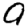
Digit: 9